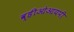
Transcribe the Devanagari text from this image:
व्हीओआयपी